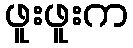
ဖူးဖူးက